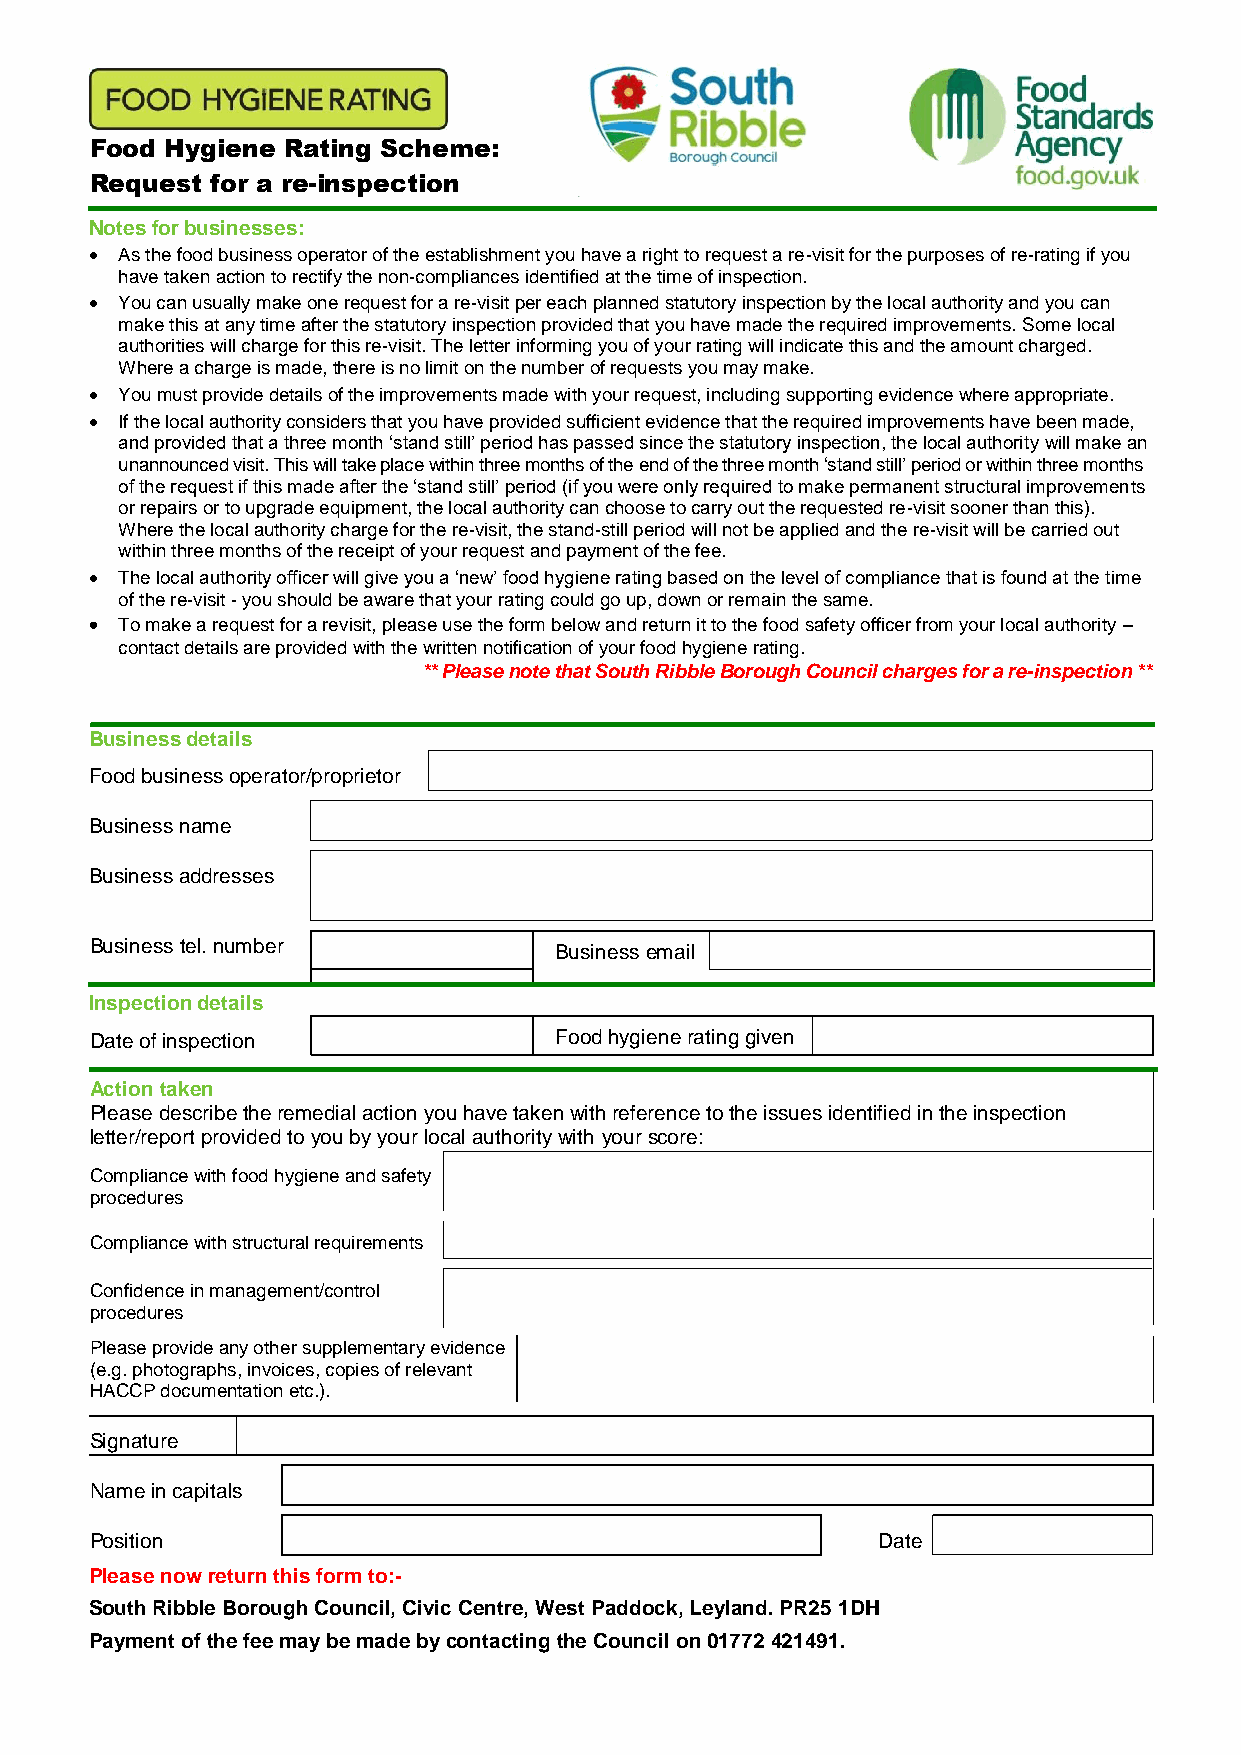
Food Hygiene Rating Scheme:
 Request for a re-inspection
 Notes for businesses:
 • As the food business operator of the establishment you have a right to request a re-visit for the purposes of re-rating if you
 have taken action to rectify the non-compliances identified at the time of inspection.
 • You can usually make one request for a re-visit per each planned statutory inspection by the local authority and you can
 make this at any time after the statutory inspection provided that you have made the required improvements. Some local
 authorities will charge for this re-visit. The letter informing you of your rating will indicate this and the amount charged.
 Where a charge is made, there is no limit on the number of requests you may make.
 • You must provide details of the improvements made with your request, including supporting evidence where appropriate.
 • If the local authority considers that you have provided sufficient evidence that the required improvements have been made,
 and provided that a three month ‘stand still’ period has passed since the statutory inspection, the local authority will make an
 unannounced visit. This will take place within three months of the end of the three month ‘stand still’ period or within three months
 of the request if this made after the ‘stand still’ period (if you were only required to make permanent structural improvements
 or repairs or to upgrade equipment, the local authority can choose to carry out the requested re-visit sooner than this).
 Where the local authority charge for the re-visit, the stand-still period will not be applied and the re-visit will be carried out
 within three months of the receipt of your request and payment of the fee.
 • The local authority officer will give you a ‘new’ food hygiene rating based on the level of compliance that is found at the time
 of the re-visit - you should be aware that your rating could go up, down or remain the same.
 • To make a request for a revisit, please use the form below and return it to the food safety officer from your local authority –
 contact details are provided with the written notification of your food hygiene rating.
 ** Please note that South Ribble Borough Council charges for a re-inspection **
 Business details
 Food business operator/proprietor
 Business name
 Business addresses
 Business tel. number           Business email
 Inspection details
 Date of inspection             Food hygiene rating given
 Action taken
 Please describe the remedial action you have taken with reference to the issues identified in the inspection
 letter/report provided to you by your local authority with your score:
 Compliance with food hygiene and safety
 procedures
 Compliance with structural requirements
 Confidence in management/control
 procedures
 Please provide any other supplementary evidence
 (e.g. photographs, invoices, copies of relevant
 HACCP documentation etc.).
 Signature
 Name in capitals
 Position                                            Date
 Please now return this form to:-
 South Ribble Borough Council, Civic Centre, West Paddock, Leyland. PR25 1DH
 Payment of the fee may be made by contacting the Council on 01772 421491.